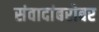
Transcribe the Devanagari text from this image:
संवादांबरोबर